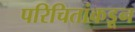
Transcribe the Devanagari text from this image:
परिचितांकडून